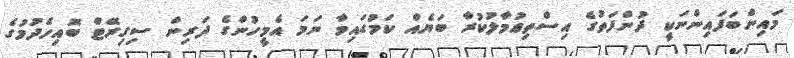
މައިންބަފައިންނަކީ ދުންފަތުގެ އިސްތިޢުމާލުކުރާ ބަޔެއް ކަމުގައިވާ ނަމަ އެމީހުންގެ ދަރިން ސިގިރޭޓް ބޮއިހެދުމުގެ